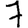
Digit: 7